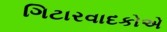
ગિટારવાદકોએ